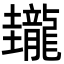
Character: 𪚝